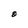
Character: O